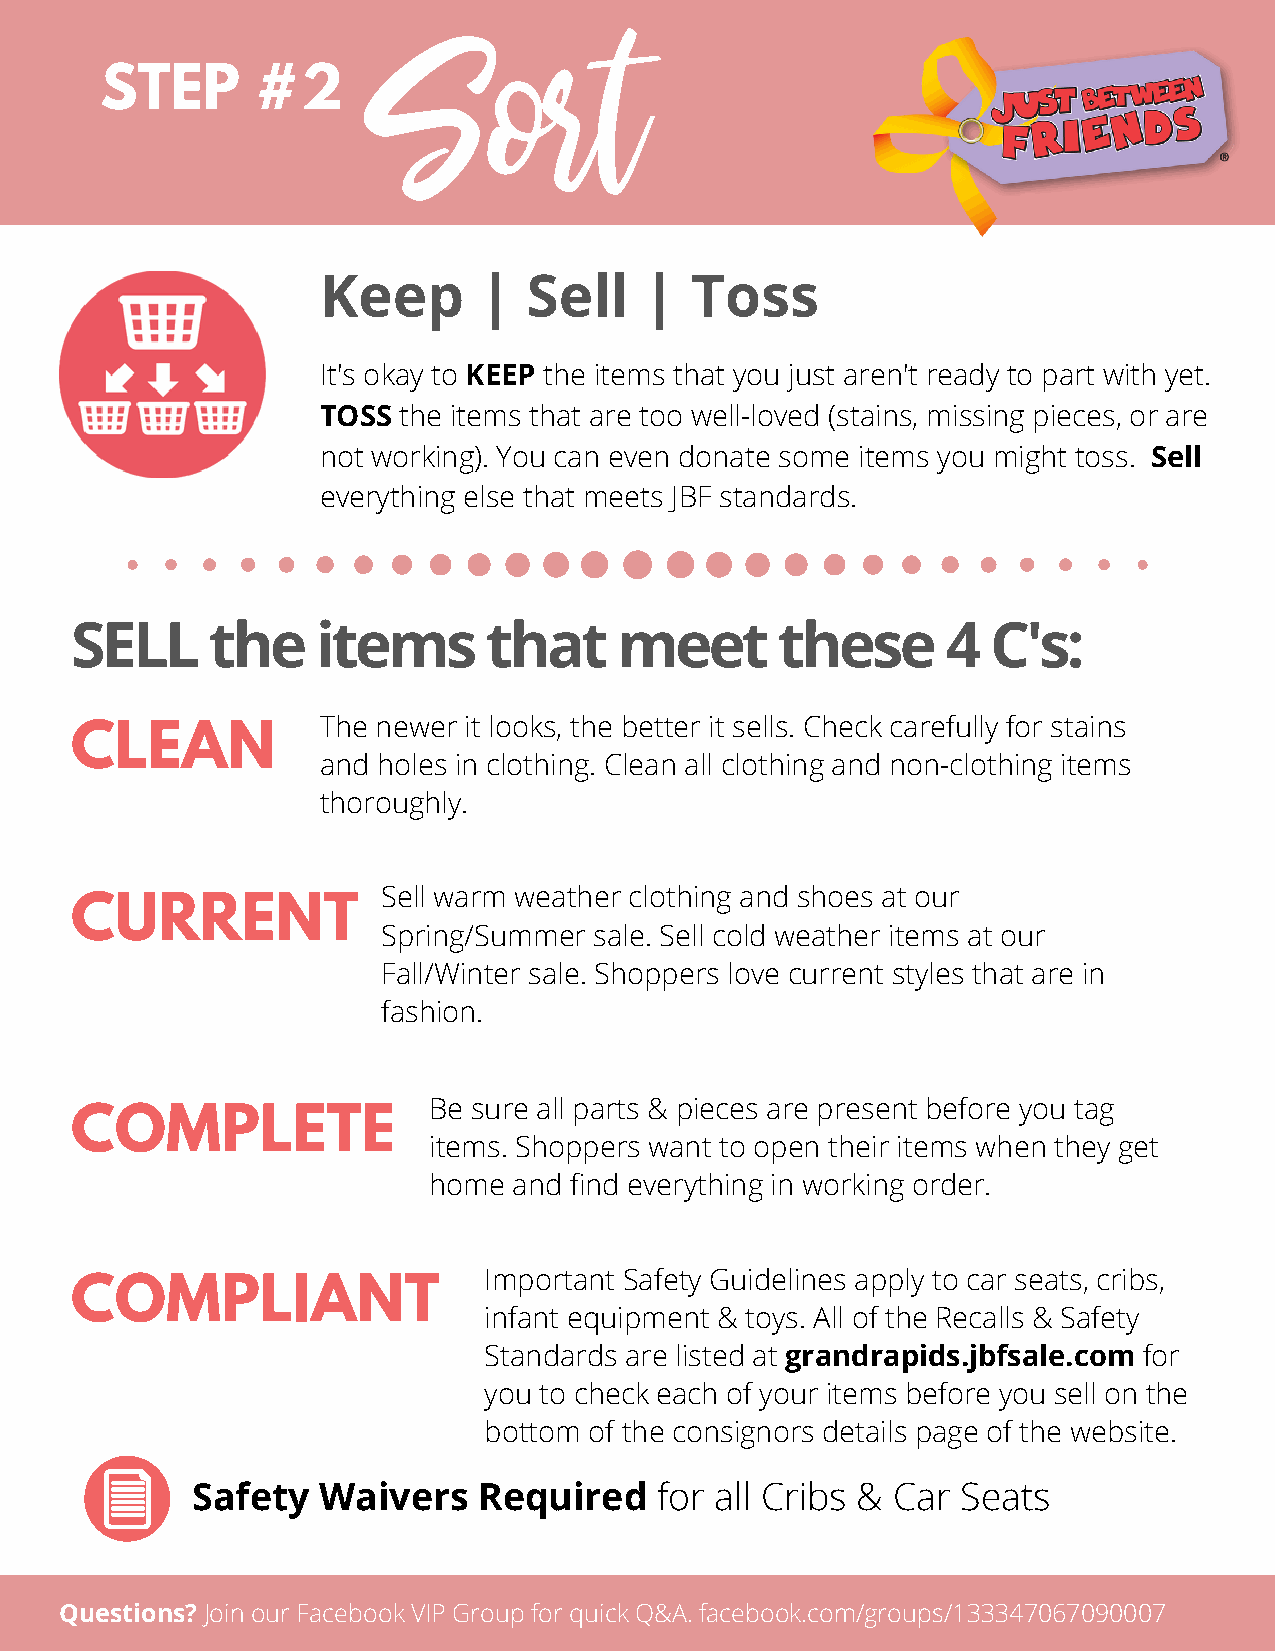
STEP      #2      Sort
 Keep       |  Sell    |  Toss
 It's okay to KEEP the items that you just aren't ready to part with yet.
 TOSS the items that are too well-loved (stains, missing pieces, or are
 not working). You can even donate some items you might toss. Sell
 everything else that meets JBF standards.
 SELL     the    items      that     meet      these       4  C's:
 The newer it looks, the better it sells. Check carefully for stains
 CLEAN
 and holes in clothing. Clean all clothing and non-clothing items
 thoroughly.
 Sell warm weather clothing and shoes at our
 CURRENT
 Spring/Summer sale. Sell cold weather items at our
 Fall/Winter sale. Shoppers love current styles that are in
 fashion.
 Be sure all parts & pieces are present before you tag
 COMPLETE
 items. Shoppers want to open their items when they get
 home  and find everything in working order.
 Important Safety Guidelines apply to car seats, cribs,
 COMPLIANT
 infant equipment & toys. All of the Recalls & Safety
 Standards are listed at grandrapids.jbfsale.com for
 you to check each of your items before you sell on the
 bottom of the consignors details page of the website.
 Safety  Waivers    Required   for all Cribs & Car  Seats
 Questions? Join our Facebook VIP Group for quick Q&A. facebook.com/groups/133347067090007